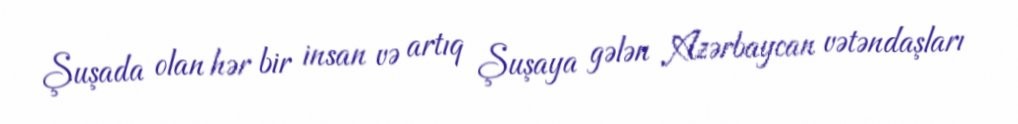
Şuşada olan hər bir insan və artıq Şuşaya gələn Azərbaycan vətəndaşları